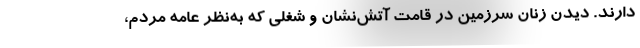
دارند. دیدن زنان سرزمین در قامت آتش‌نشان و شغلی که به‌نظر عامه مردم،